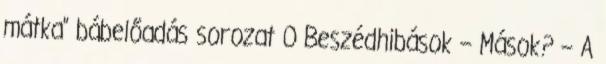
mátka” bábelőadás sorozat 0 Beszédhibások – Mások? – A